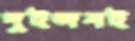
দুইজনই